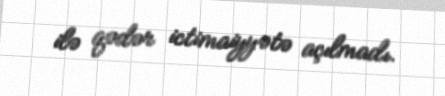
ilə qədər ictimaiyyətə açılmadı.